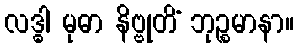
လဒ္ဓါ မုဓာ နိဗ္ဗုတိံ ဘုဉ္စမာနာ။